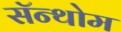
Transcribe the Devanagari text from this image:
सॅन्थोम